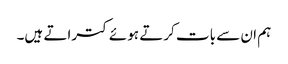
ہم ان سے بات کرتے ہوئے کتراتے ہیں۔